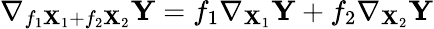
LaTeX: \nabla_{f_{1}\mathbf{X}_{1}+f_{2}\mathbf{X}_{2}}\mathbf{Y}=f_{1}\nabla_{\mathbf{X}_{1}}\mathbf{Y}+f_{2}\nabla_{\mathbf{X}_{2}}\mathbf{Y}